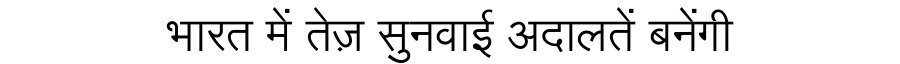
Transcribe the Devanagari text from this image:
भारत में तेज़ सुनवाई अदालतें बनेंगी